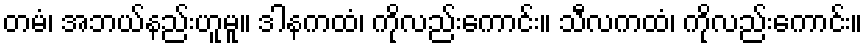
တမံ၊ အဘယ်နည်းဟူမူ။ ဒါနကထံ၊ ကိုလည်းကောင်း။ သီလကထံ၊ ကိုလည်းကောင်း။